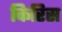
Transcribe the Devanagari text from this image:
किरिस